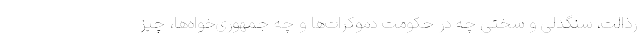
رذالت، سنگدلی و سختی چه در حکومت دموکرات‌ها و چه جمهوری‌خواه‌ها، چیز